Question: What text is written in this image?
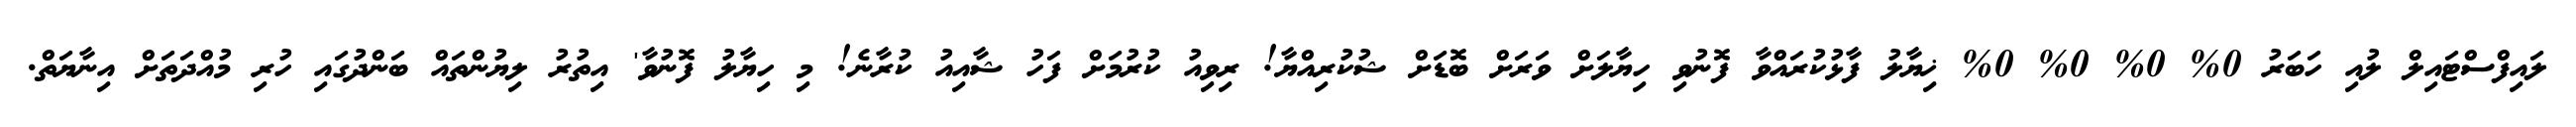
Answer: ލައިފްސްޓައިލް ލުއި ހަބަރު 0% 0% 0% 0% ޚިޔާލު ފާޅުކުރައްވާ ފޮނުވި ހިޔާލަށް ވަރަށް ބޮޑަށް ޝުކުރިއްޔާ! ރިވިއު ކުރުމަށް ފަހު ޝާއިއު ކުރާނެ! މި ހިޔާލު ފޮނުވާ' އިތުރު ލިޔުންތައް ބަންދުގައި ހުރި މުއްދަތަށް އިނާޔަތް.